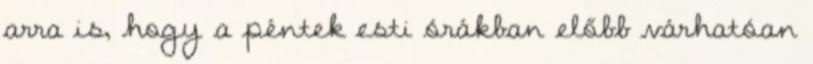
arra is, hogy a péntek esti órákban előbb várhatóan